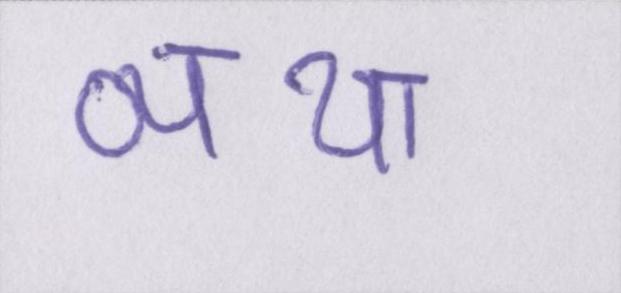
व्यथा